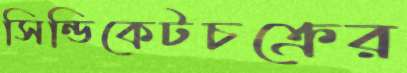
সিন্ডিকেটচক্রের